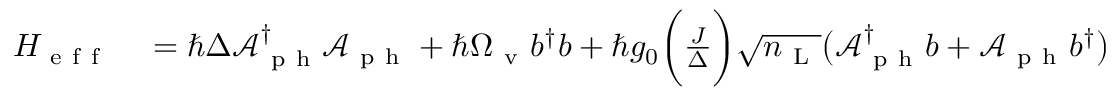
\begin{array} { r l } { H _ { \mathrm { ~ e ~ f ~ f ~ } } } & { { } = \hbar \Delta \mathcal { A } _ { \mathrm { ~ p ~ h ~ } } ^ { \dagger } \mathcal { A } _ { \mathrm { ~ p ~ h ~ } } + \hbar \Omega _ { \mathrm { ~ v ~ } } b ^ { \dagger } b + \hbar g _ { 0 } \bigg ( \frac { J } { \Delta } \bigg ) \sqrt { n _ { \mathrm { ~ L ~ } } } \big ( \mathcal { A } _ { \mathrm { ~ p ~ h ~ } } ^ { \dagger } b + \mathcal { A } _ { \mathrm { ~ p ~ h ~ } } b ^ { \dagger } \big ) . } \end{array}